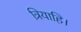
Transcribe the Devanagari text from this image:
त्रियाहि।